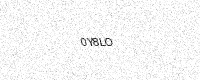
Text: 0Y8LO